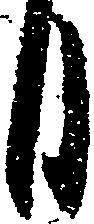
日